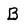
Character: B